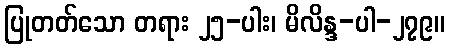
ပြုတတ်သော တရား ၂၅-ပါး၊ မိလိန္ဒ-ပါ-၂၇၉။